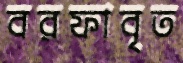
বরফাবৃত